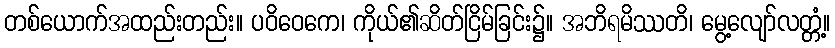
တစ်ယောက်အထည်းတည်း။ ပဝိဝေကေ၊ ကိုယ်၏ဆိတ်ငြိမ်ခြင်း၌။ အဘိရမိဿတိ၊ မွေ့လျော်လတ္တံ့။